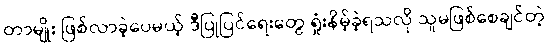
တာမျိုး ဖြစ်လာခဲ့ပေမယ့် ဒီပြုပြင်ရေးတွေ ရှုံးနိမ့်ခဲ့ရသလို သူမဖြစ်စေချင်တဲ့